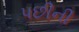
પછીની